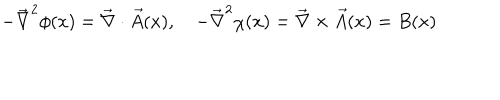
- \vec { \nabla } ^ { 2 } \phi ( x ) = \vec { \nabla } \cdot \vec { A } ( x ) , \quad - \vec { \nabla } ^ { 2 } \chi ( x ) = \vec { \nabla } \times \vec { A } ( x ) = B ( x )